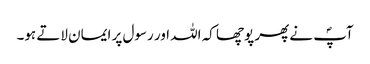
آپؐ نے پھر پوچھا کہ اللہ اور رسول پر ایمان لاتے ہو۔